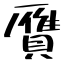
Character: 贋